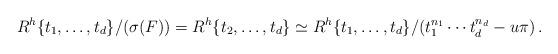
LaTeX: \begin{align*}R^h\{t_1,\dots,t_d\}/(\sigma(F)) = R^h\{t_2,\dots,t_d\} \simeq R^h\{t_1,\dots,t_d\}/ ( t_1^{n_1}\cdots t_d^{n_d} - u\pi)\,.\,\end{align*}